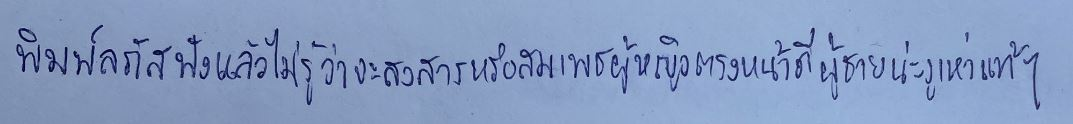
พิมพ์ลภัสฟังแล้วไม่รู้ว่าจะสงสารหรือสมเพชผู้หญิงตรงหน้าดีผู้ชายน่ะงูเห่าแท้ๆ